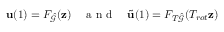
\mathbf { u } ( 1 ) = F _ { \hat { \mathcal { G } } } ( \mathbf { z } ) \quad \mathrm { ~ a ~ n ~ d ~ } \quad \tilde { \mathbf { u } } ( 1 ) = F _ { T \hat { \mathcal { G } } } ( T _ { r o t } \mathbf { z } )